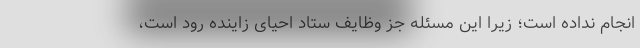
انجام نداده است؛ زیرا این مسئله جز وظایف ستاد احیای زاینده رود است،